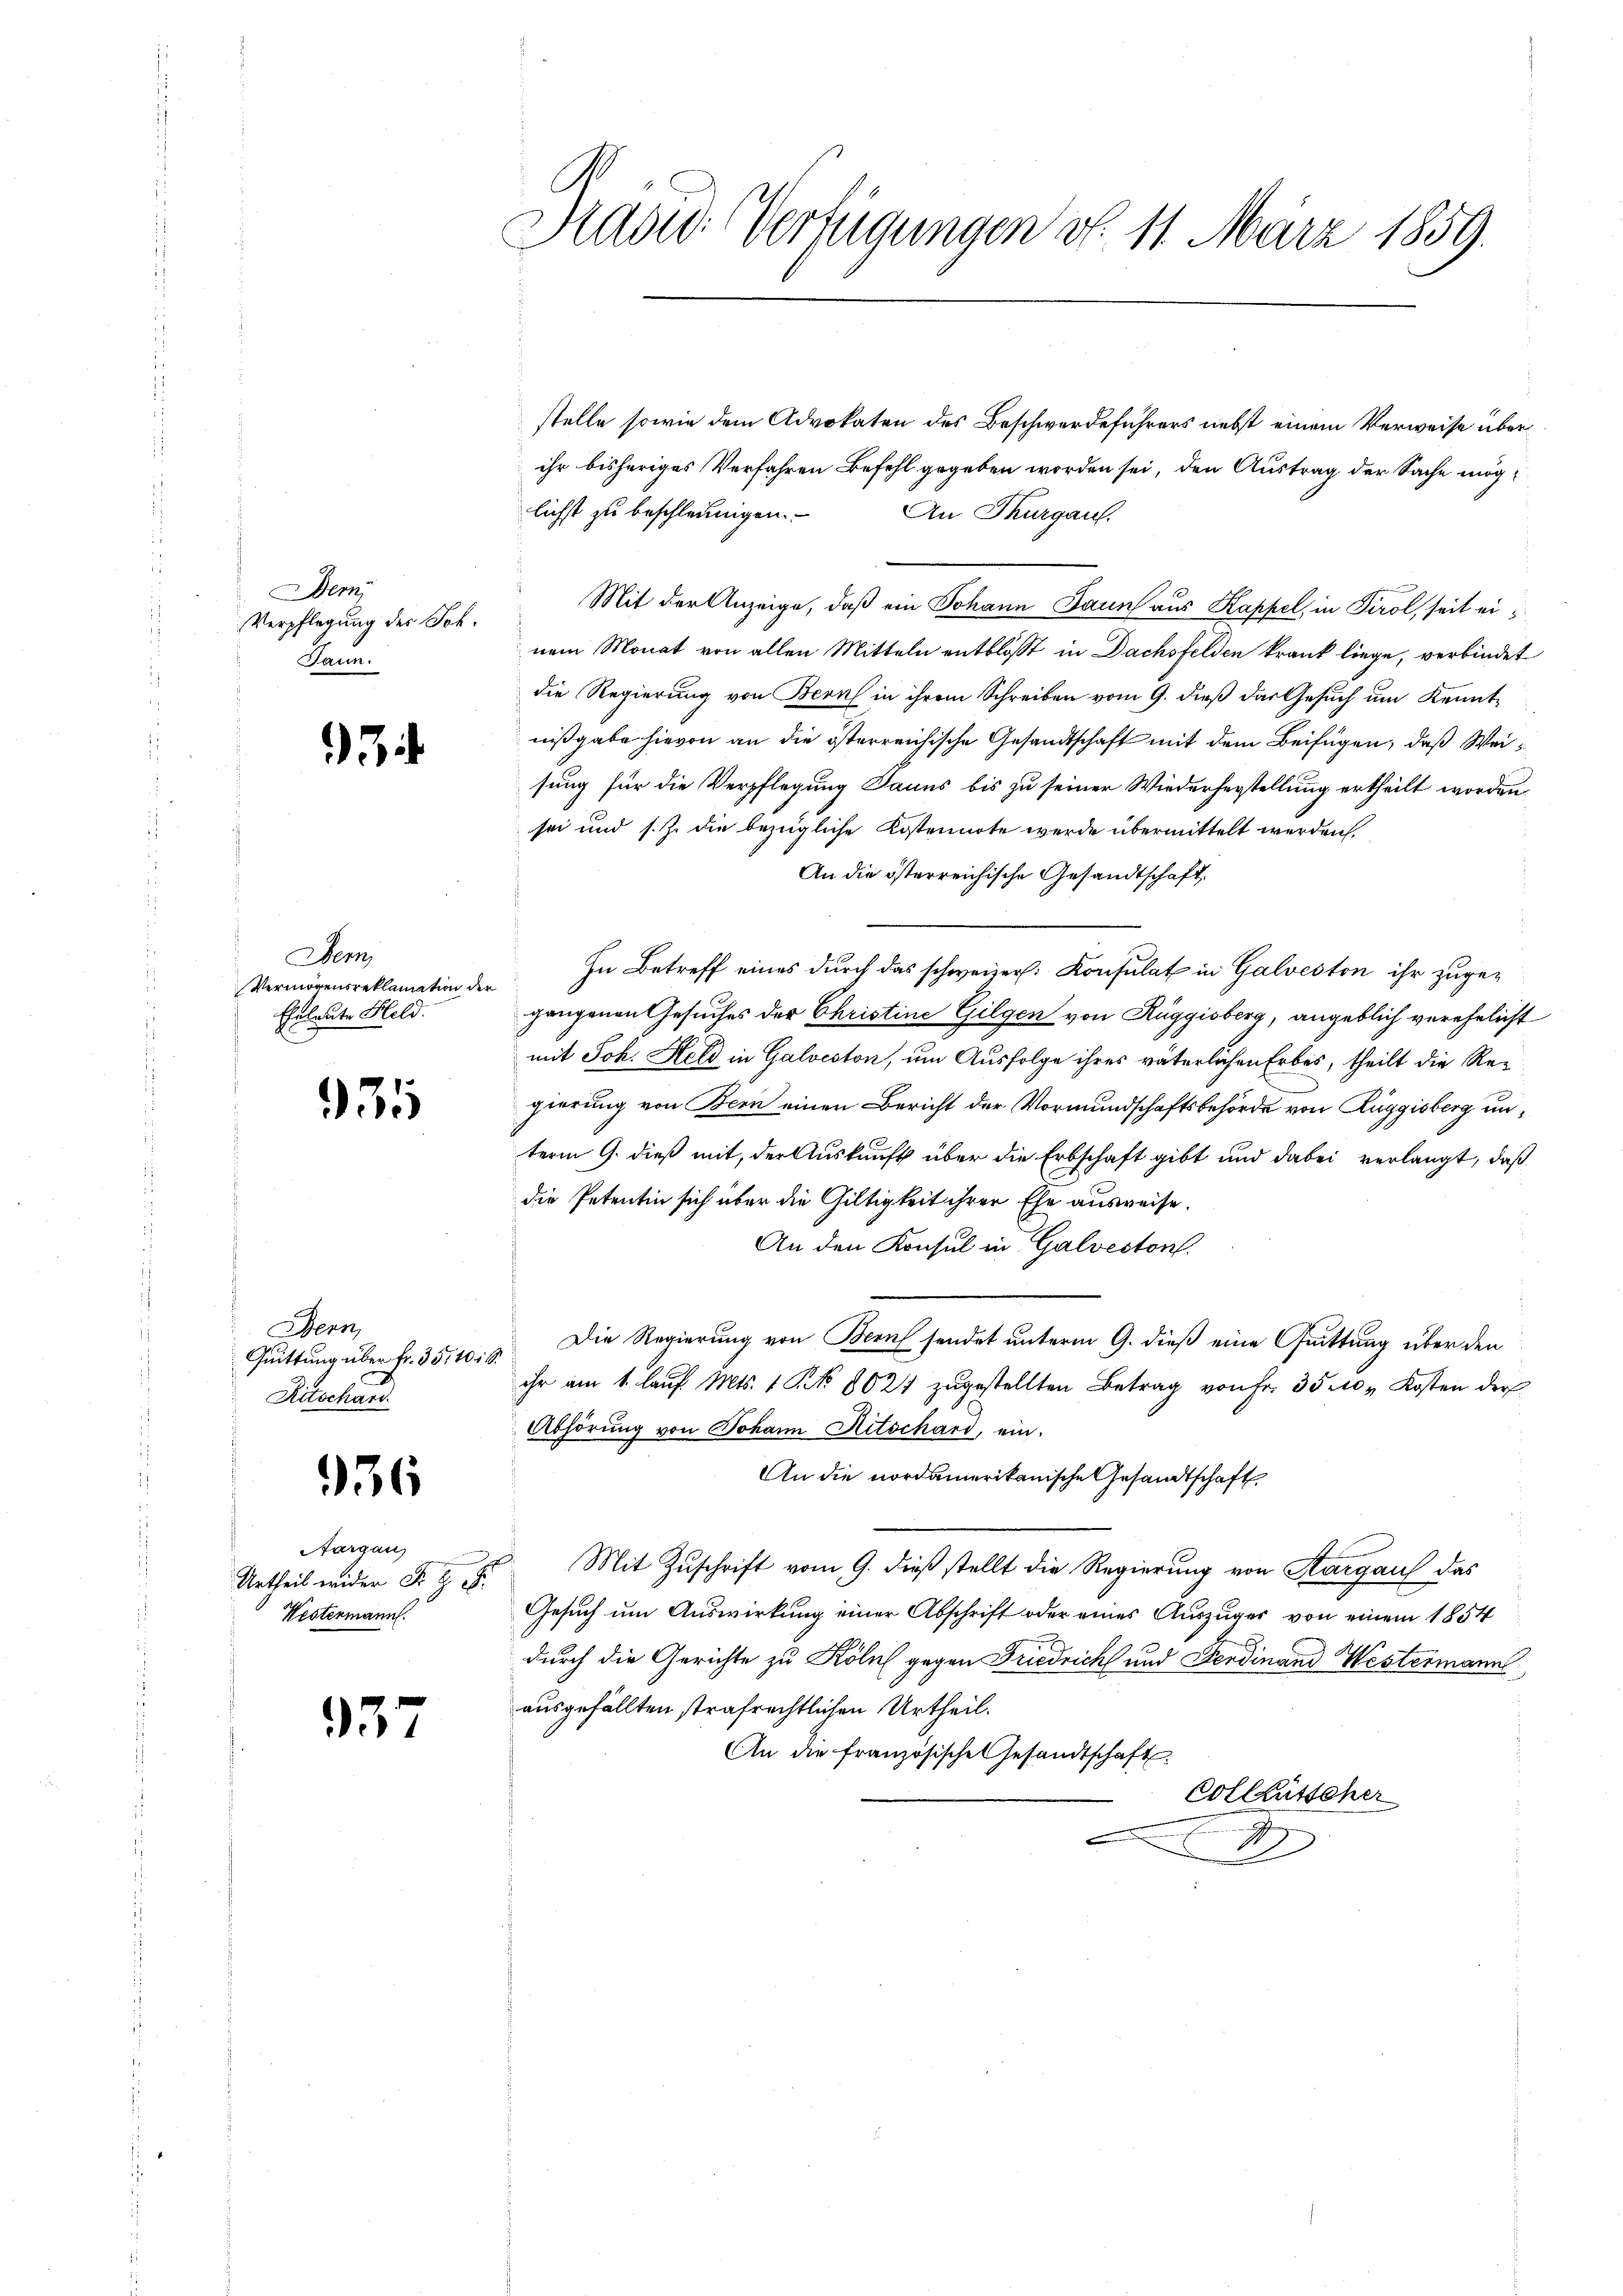
Demi
Verpflegung der Joh.
Jann.

3

Dem
Vermögensreklamation der
Eheleute Held.

931

Bern,
Quittung über fr. 35, 10 16.
Ritschand

936

Aargau,
Urtheil wider Fr. 9 S.
Westermann.

3

Sasid-Verfügungen d. 11. März 1859.

stelle sowie dem Advokaten des Beschwerdeführers nebst einem Verweise überihr bisheriges Verfahren Befehl gegeben worden sei, den Austrag der Sache möglichst zu beschleunigen.
An Thurgau.
Mit der Anzeige, daß ein Johann Jaun aus Kappel, in Tirol, seit einem Monat von allen Mitteln entblosst in Dachsfelden krank liege, verbindet
die Regierung von Bern in ihrem Schreiben vom 9. dieß das Gesuch um Kenntnißgabe hievon an die österreichische Gesandtschaft mit dem Beifügen, daß Weisung für die Verpflegung Sauns bis zu seiner Wiederherstellung ertheilt worden
sei und s. Z. die bezügliche Kostennote werde übermittelt werden.
An die österreichische Gesandtschaft,
In Betreff eines durch das schweizer. Konsulat in Galveston ihr zugegangenen Gesuches der Christine Gilgen von Rüggisberg, angeblich verehelicht
mit Joh. Held in Galveston, um Ausfolge ihres väterlichen Erbes, theilt die Re-
gierung von Bern einen Bericht der Vormundschaftsbehörde von Züggisberg unterm 9. dieß mit, der Auskunft über die Erbschaft gibt und dabei verlangt, daß
die Petentin sich über die Gültigkeit ihrer Ehe ausweise.
An den Konsul in Galveston.
Die Regierung von Bern sendet unterm 9. dieß eine Guittung über den
ihr am 1. laŭf Mts. 1 S. 8024 zugestellten Betrag von Fr. 35 N. Kosten der
Abhörung von Johann Ritschard, ein.
An die nordamerikanische Gesandtschaft
Mit Zuschrift vom 9. dieß stellt die Regierung von Kargau das
Gesuch um Auswirkung einer Abschrift oder eines Auszuges von einem 1854
durch die Gerichte zu Köln gegen Friedricht und Ferdinand Westermann
ausgefällten strafrechtlichen Urtheil.
An die französische Gesandtschaft
Vollkutscher
2